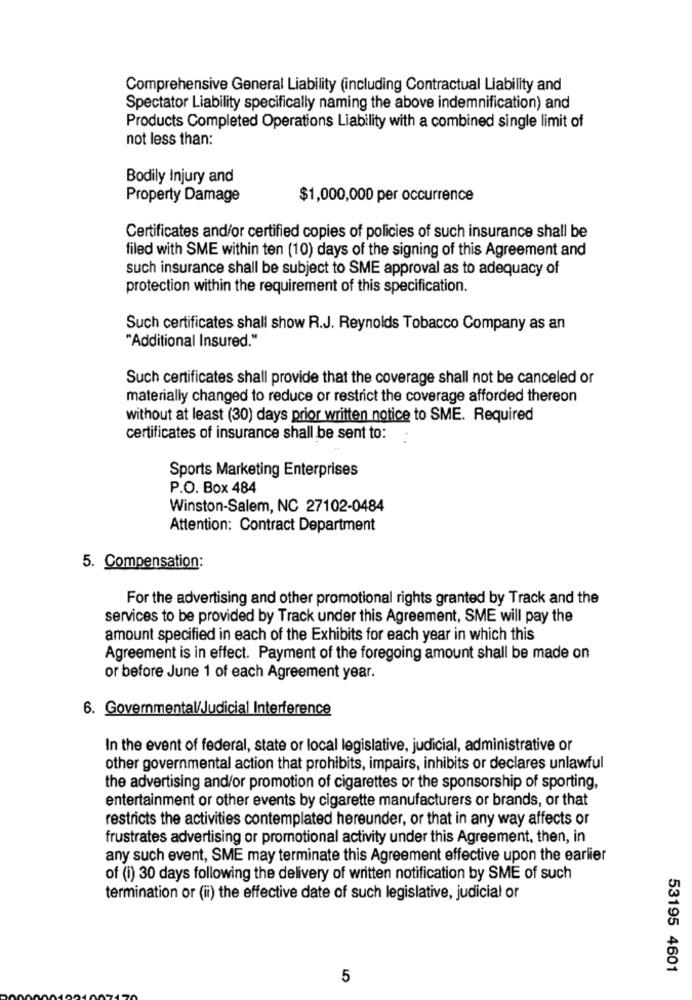
Comprehensive General Liability (including Contractual Liability and
Spectator Liability specifically naming the above indemnification) and
Products Completed Operations Liability with a combined single limit of
not less than:
Bodily Injury and
Property Damage
$1,000,000 per occurrence
Certificates and/or certified copies of policies of such insurance shall be
filed with SME within ten (10) days of the signing of this Agreement and
such insurance shall be subject to SME approval as to adequacy of
protection within the requirement of this specification.
Such certificates shall show R.J. Reynolds Tobacco Company as an
"Additional Insured."
Such certificates shall provide that the coverage shall not be canceled or
materially changed to reduce or restrict the coverage afforded thereon
without at least (30) days prior written notice to SME. Required
certificates of insurance shall be sent to:
Sports Marketing Enterprises
P.O. Box 484
Winston-Salem, NC 27102-0484
Attention: Contract Department
5. Compensation:
For the advertising and other promotional rights granted by Track and the
services to be provided by Track under this Agreement, SME will pay the
amount specified in each of the Exhibits for each year in which this
Agreement is in effect. Payment of the foregoing amount shall be made on
or before June 1 of each Agreement year.
6. Governmental/Judicial Interference
In the event of federal, state or local legislative, judicial, administrative or
other governmental action that prohibits, impairs, inhibits or declares unlawful
the advertising and/or promotion of cigarettes or the sponsorship of sporting,
entertainment or other events by cigarette manufacturers or brands, or that
restricts the activities contemplated hereunder, or that in any way affects or
frustrates advertising or promotional activity under this Agreement, then, in
any such event, SME may terminate this Agreement effective upon the earlier
of (i) 30 days following the delivery of written notification by SME of such
termination or (ii) the effective date of such legislative, judicial or
53195 4601
5